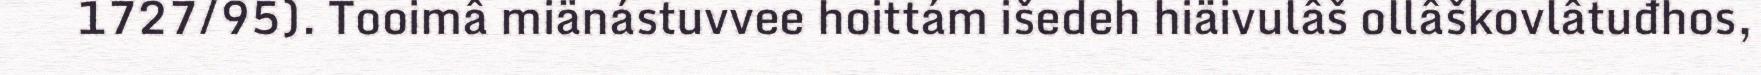
1727/95). Tooimâ miänástuvvee hoittám išedeh hiäivulâš ollâškovlâtuđhos,